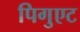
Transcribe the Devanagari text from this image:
पिगुएट